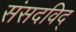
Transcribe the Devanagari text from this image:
संसदविद्‌